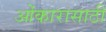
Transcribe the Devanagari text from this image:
ओंकारासाठी